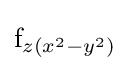
{\text{f}}_{z(x^{2}-y^{2})}